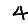
Digit: 4